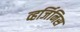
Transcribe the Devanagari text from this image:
व्हर्जिनिस